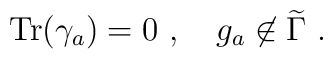
{\rm Tr}(\gamma_a)=0~,~~~g_a\not\in{\widetilde \Gamma}~.